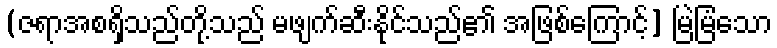
(ဇရာအစရှိသည်တို့သည် မဖျက်ဆီးနိုင်သည်၏ အဖြစ်ကြောင့်] မြဲမြံသော